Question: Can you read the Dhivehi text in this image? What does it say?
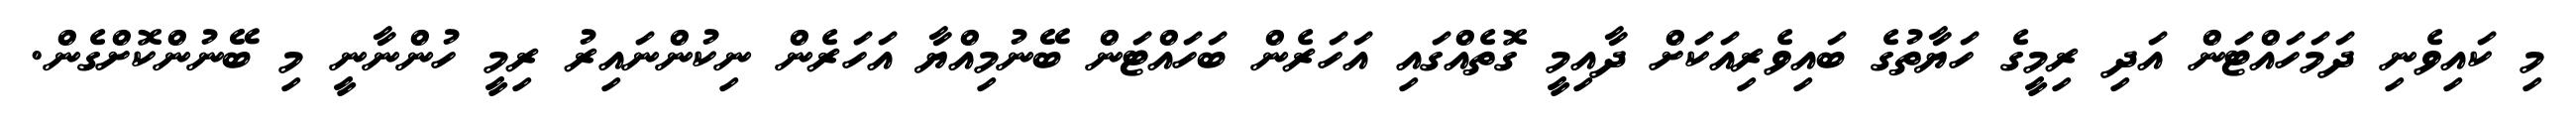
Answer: މި ކައިވެނި ދަމަހައްޓަން އަދި ރިމީގެ ހަޔާތުގެ ބައިވެރިއަކަށް ދާއިމީ ގޮތެއްގައި އަހަރެން ބަހައްޓަން ބޭނުމިއްޔާ އަހަރެން ނިކުންނައިރު ރިމީ ހުންނާނީ މި ބޭނުންކޮށްގެން.